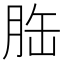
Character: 𦚥